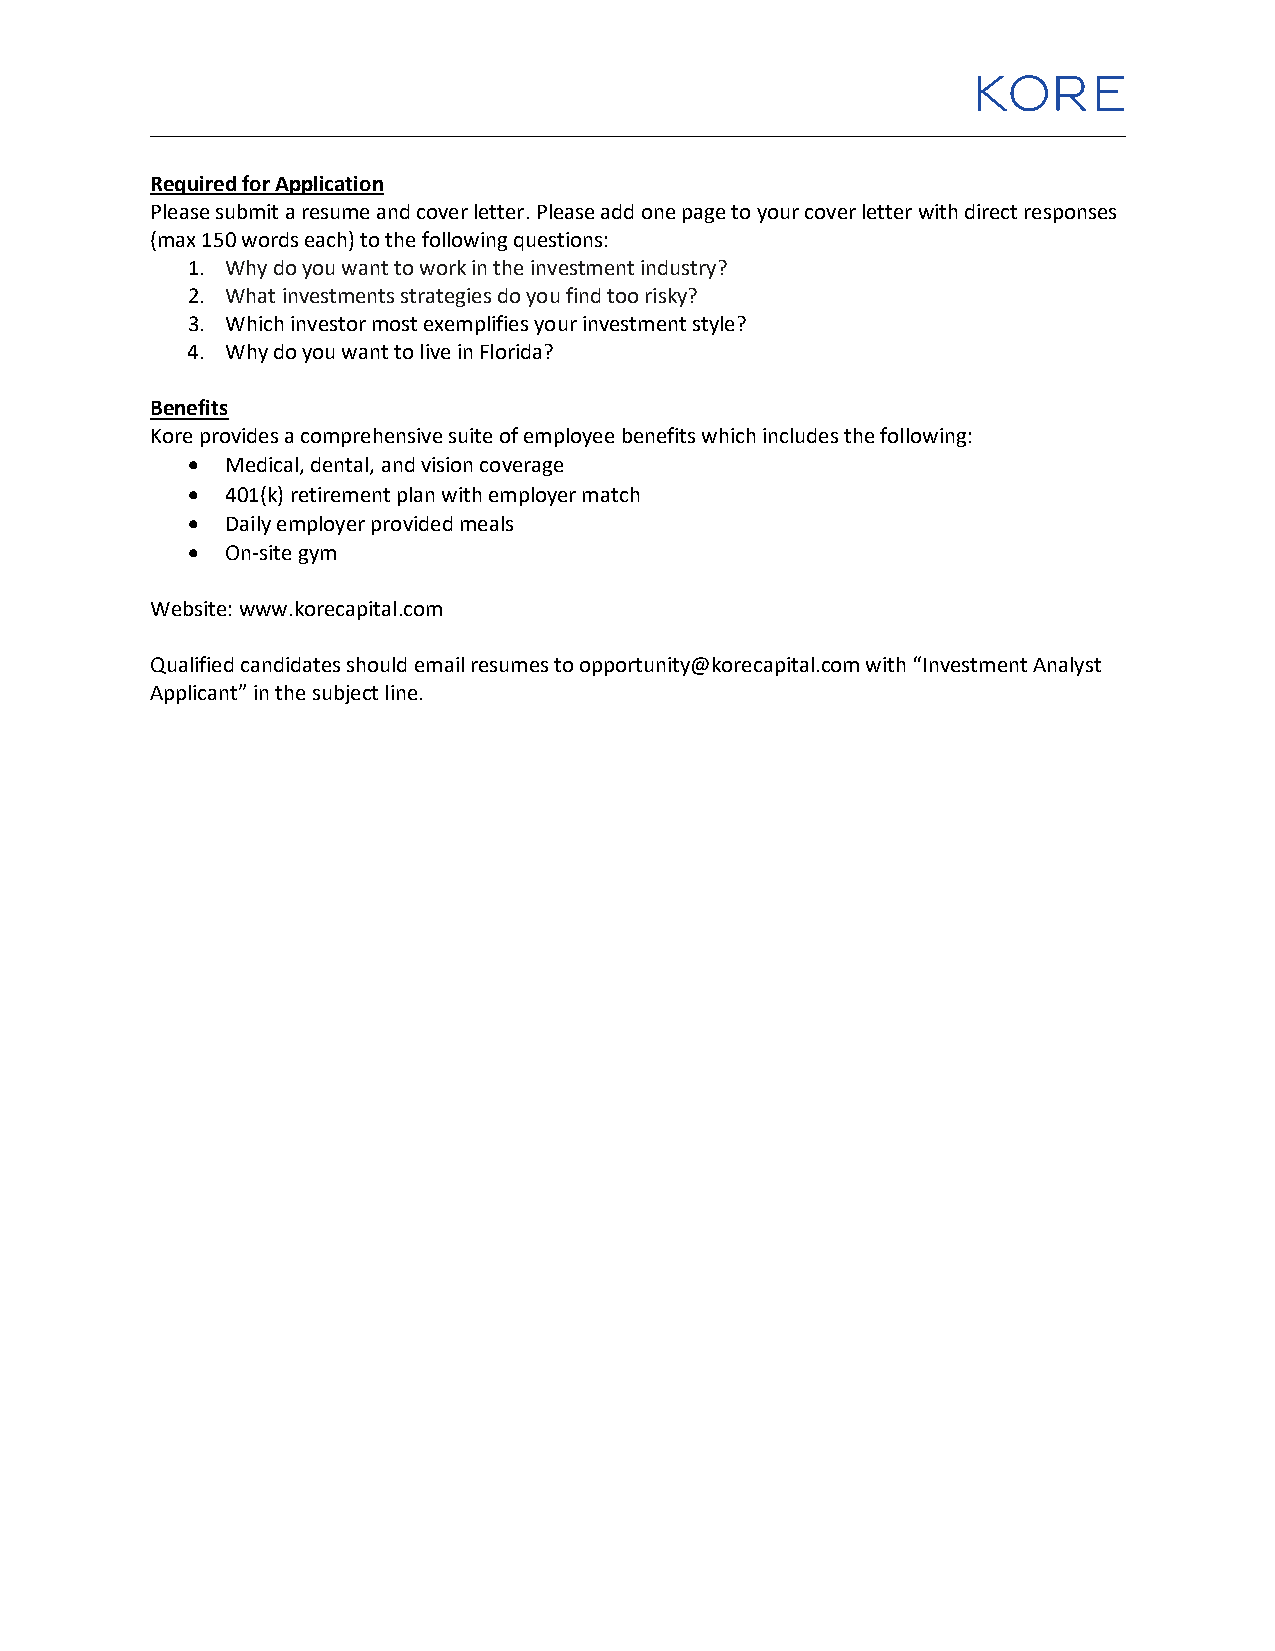
______________________________________________________________________________
 Required for Application
 Please submit a resume and cover letter. Please add one page to your cover letter with direct responses
 (max 150 words each) to the following questions:
 1. Why do you want to work in the investment industry?
 2. What investments strategies do you find too risky?
 3. Which investor most exemplifies your investment style?
 4. Why do you want to live in Florida?
 Benefits
 Kore provides a comprehensive suite of employee benefits which includes the following:
 •  Medical, dental, and vision coverage
 •  401(k) retirement plan with employer match
 •  Daily employer provided meals
 •  On-site gym
 Website: www.korecapital.com
 Qualified candidates should email resumes to opportunity@korecapital.com with “Investment Analyst
 Applicant” in the subject line.